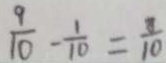
\frac { 9 } { 1 0 } - \frac { 1 } { 1 0 } = \frac { 8 } { 1 0 }